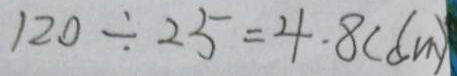
1 2 0 \div 2 5 = 4 . 8 ( d m )